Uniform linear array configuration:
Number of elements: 8
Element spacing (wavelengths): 0.5
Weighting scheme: uniform
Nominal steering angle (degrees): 30
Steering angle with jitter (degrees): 30.725
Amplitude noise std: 0.05
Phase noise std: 0.05

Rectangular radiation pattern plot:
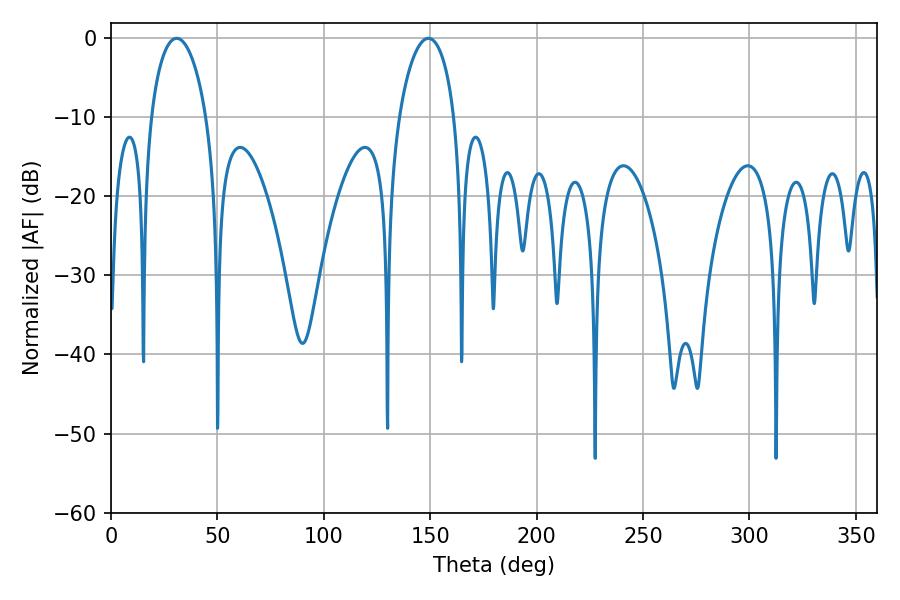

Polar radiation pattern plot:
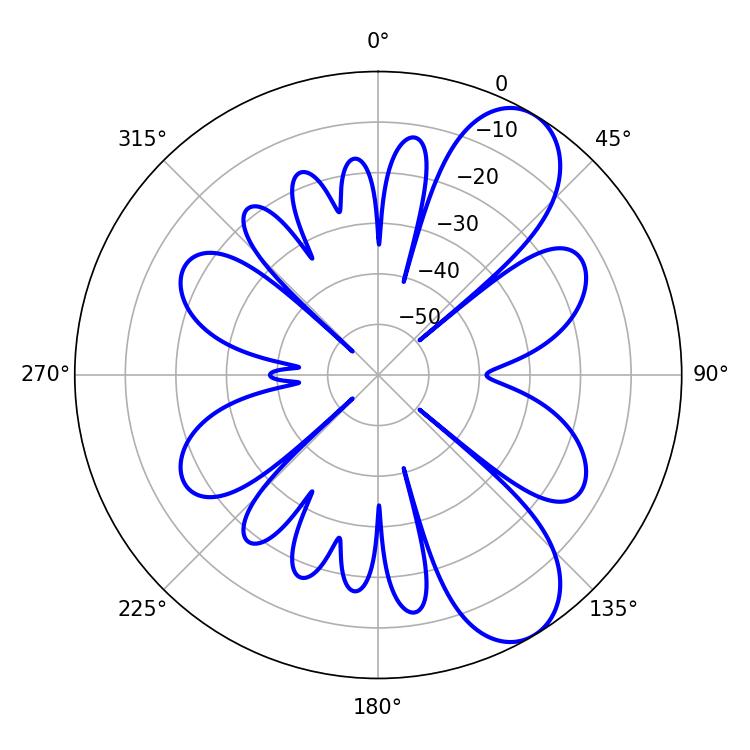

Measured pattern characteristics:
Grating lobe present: FALSE
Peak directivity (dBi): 8.49
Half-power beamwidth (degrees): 14.76
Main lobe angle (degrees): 30.78